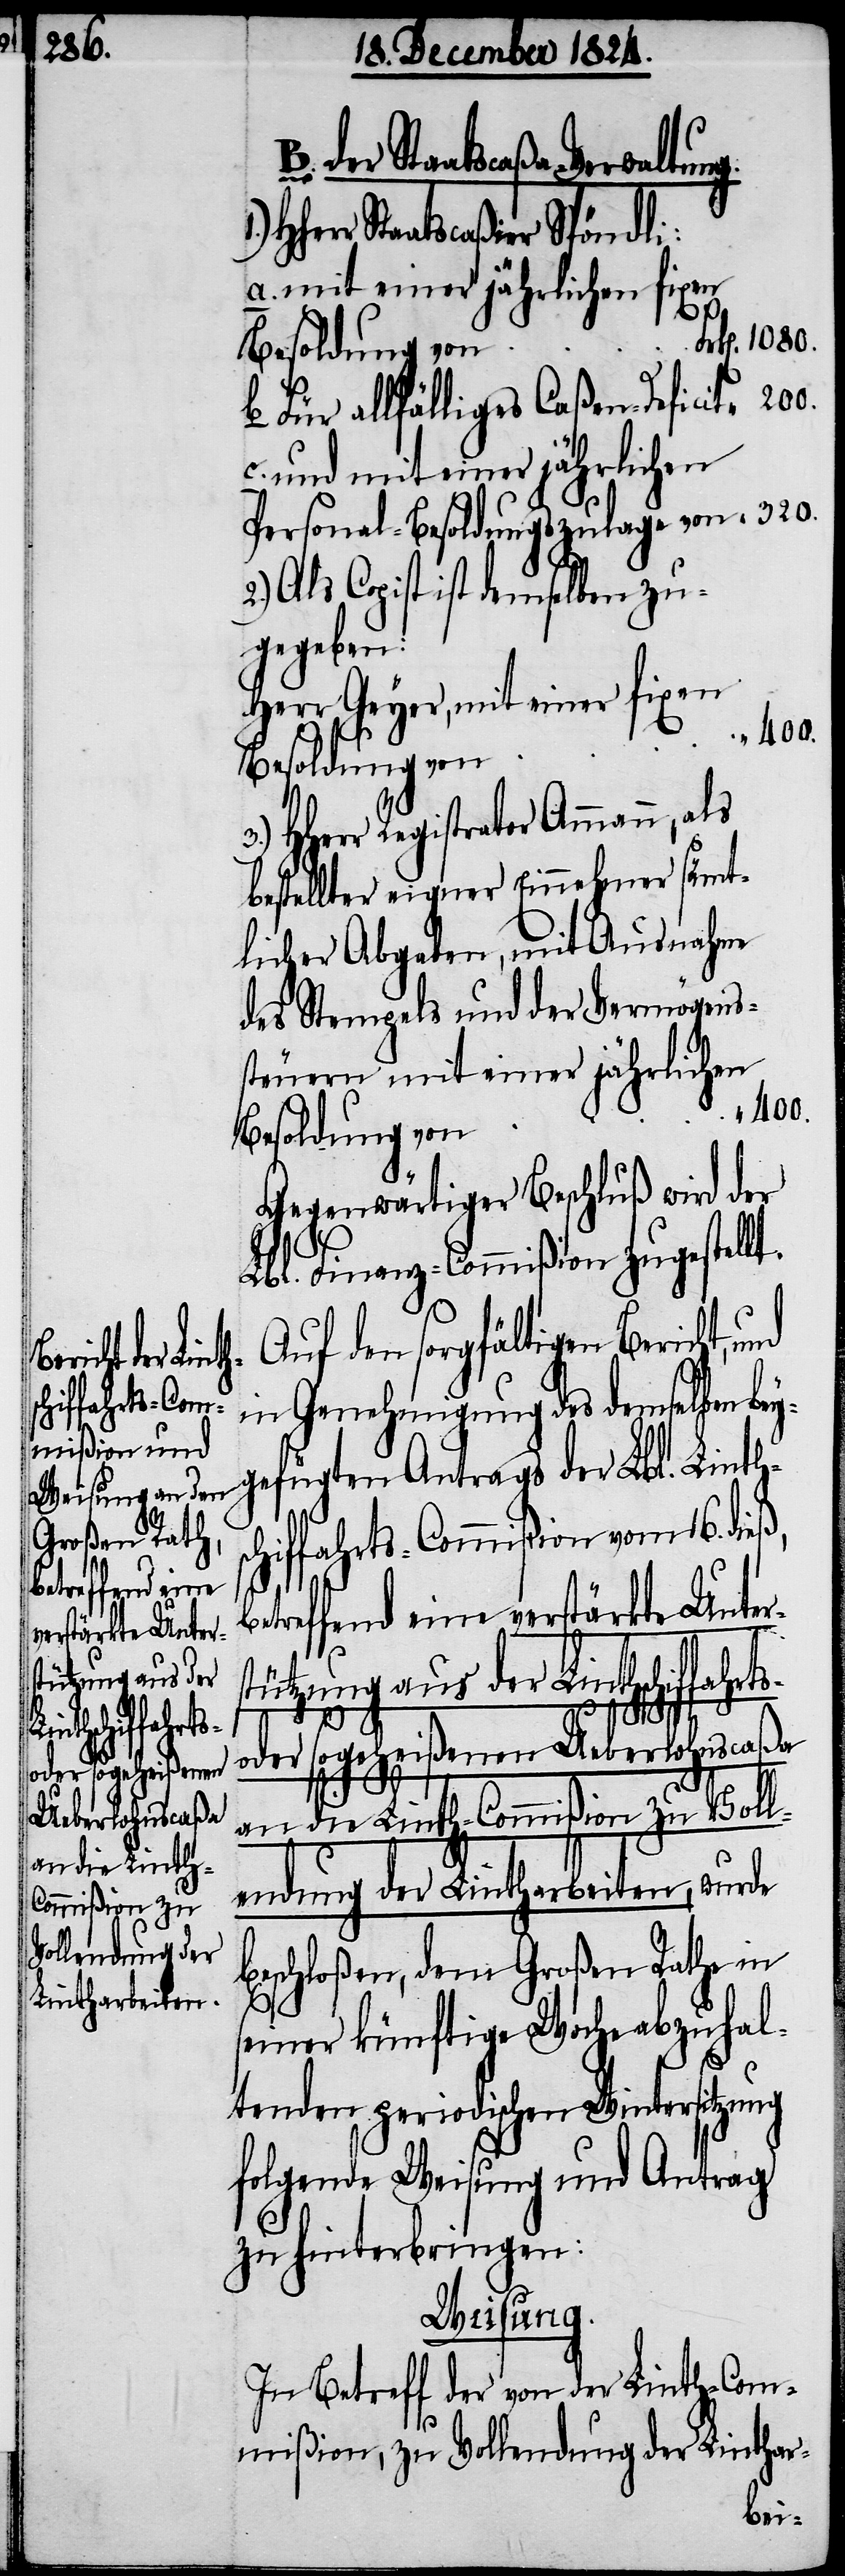
200.

steuern mit

der Staatscaßa-Verwaltung
HHerr Staatscaßier Spöndli:
a. mit einer jährlichen fixen
Besoldung von
b. Für allfälliges Caßen-Defici¬
c. und mit einer jährlichen
Personal-Besoldungszulage von 	 “ 320.
Als Copist ist demselben zu¬
gegeben:
Herr Geyer, mit einer fixen
“ 400.
HHerr Registrator Ammann, als
bestellter eigner Einnehmer sämt¬
des Stempels und der Vermögens¬
Besoldung von
Gegenwärtiger Beschluß wird der
Lbl. Finanz-Commißion zugestellt.
Auf den sorgfältigen Bericht,
in Genehmigung des demselben be¬
gefügten Antrags der Lbl. Linths¬
chiffahrts-Commißion vom 16. dieß,
b¬
etreffend eine verstärkte Unter¬
stützung aus der Linthschiffahrts-
einer
oder sogeheißenen Ueberlohnscaßa
an die Linth-Commißion zu Voll¬
endung der Lintharbeiten, wurde
beschloßen, dem Großen Rathe in
3.)
seiner künftigen Woche abzuhal¬
tenden periodischen Wintersitzung
folgende Weisung und Antrag
zu hinterbringen:
Weisung.
In Betreff der von der Linth-Com¬
mißion, zu Vollendung der Linthar-